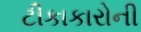
ટીકાકારોની